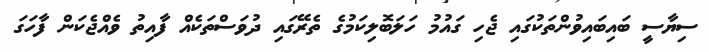
ސިޔާސީ ބައިބައިވުންތަކުގައި ޖެހި ގައުމު ހަލަބޮލިކަމުގެ ތެރޭގައި ދުވަސްތަކެއް ފާއިތު ވެއްޖެކަން ފާހަގަ